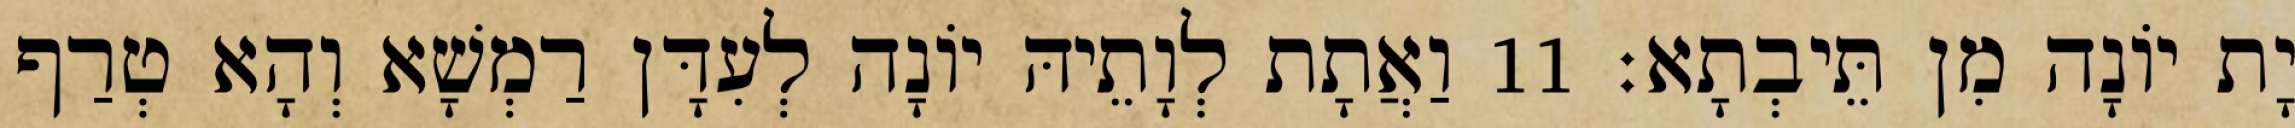
יָת יוֹנָה מִן תֵּיבְתָא׃ 11 וַאֲתָת לְוָתֵיהּ יוֹנָה לְעִדָּן רַמְשָׁא וְהָא טְרַף